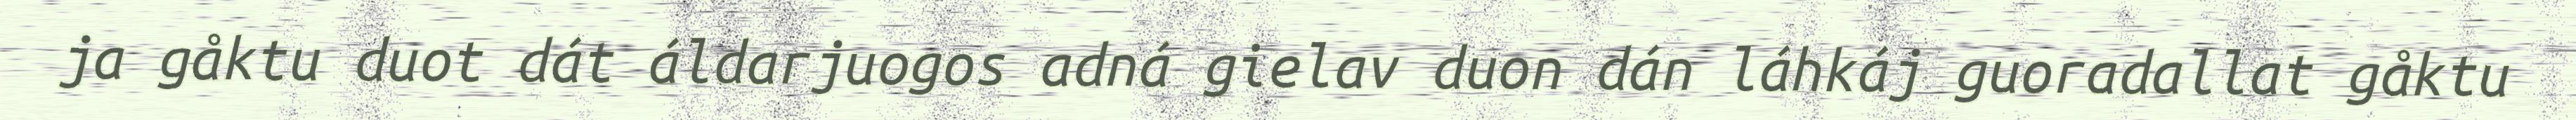
ja gåktu duot dát áldarjuogos adná gielav duon dán láhkáj guoradallat gåktu